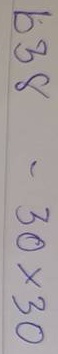
638 = 30x30